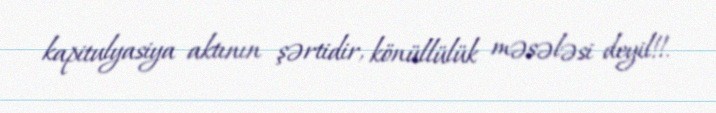
kapitulyasiya aktının şərtidir, könüllülük məsələsi deyil!!.